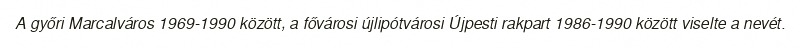
A győri Marcalváros 1969-1990 között, a fővárosi újlipótvárosi Újpesti rakpart 1986-1990 között viselte a nevét.